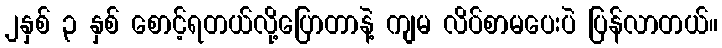
၂နှစ် ၃ နှစ် စောင့်ရတယ်လို့ပြောတာနဲ့ ကျမ လိပ်စာမပေးပဲ ပြန်လာတယ်။